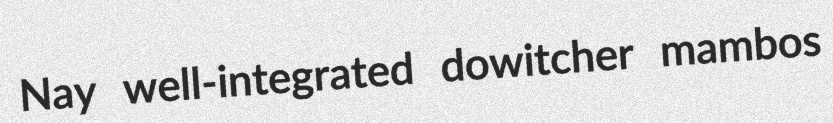
Nay well-integrated dowitcher mambos